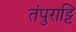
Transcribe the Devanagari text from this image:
तंपुराट्टि